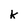
Character: k